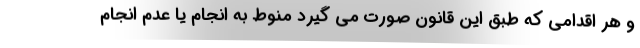
و هر اقدامی که طبق این قانون صورت می گیرد منوط به انجام یا عدم انجام